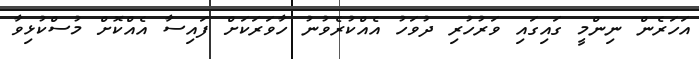
އަހަރެން ނިންމީ ގައިގައި ވަރުހުރި ދުވަހު އެއްކުރެވުނު ހާވަރަަކަށް ފައިސާ އެއްކޮށް މުސްކުޅިވާ